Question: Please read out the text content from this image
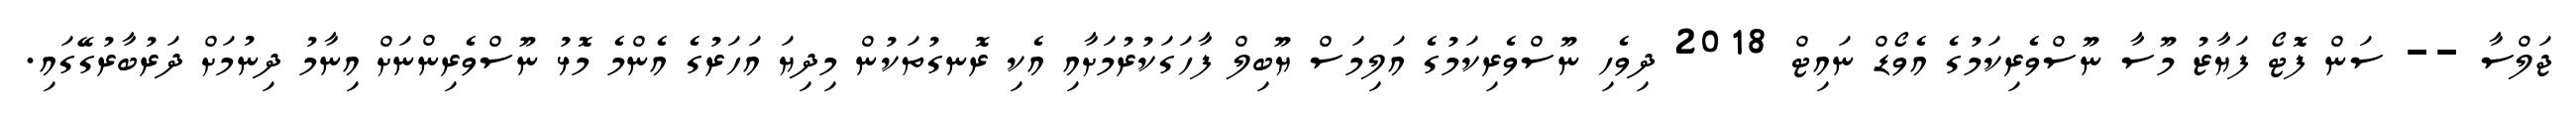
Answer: ޖަލްސާ -- ސަން ފޮޓޯ ފަޔާޒު މޫސާ ނޫސްވެރިކަމުގެ އެވޯޑް ނައިޓް 2018 ދިވެހި ނޫސްވެރިކަމުގެ އަލިމަސް ޔޫބިލް ފާހަގަކުރުމަށާއި އެކި ރޮނގުތަކުން މިދިޔަ އަހަރުގެ އެންމެ މޮޅު ނޫސްވެރިންނަށް އިނާމު ދިނުމަށް ދަރުބާރުގޭގައި.